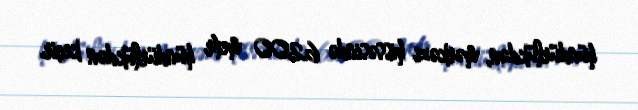
hündürlükdən, mərkəzi hissəsində 6200 metr hündürlükdən keçir.